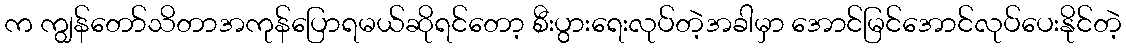
က ကျွန်တော်သိတာအကုန်ပြောရမယ်ဆိုရင်တော့ စီးပွားရေးလုပ်တဲ့အခါမှာ အောင်မြင်အောင်လုပ်ပေးနိုင်တဲ့